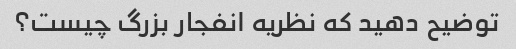
توضیح دهید که نظریه انفجار بزرگ چیست؟